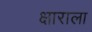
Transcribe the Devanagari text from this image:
क्षाराला